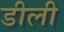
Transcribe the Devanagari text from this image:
डीली